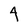
Character: 4